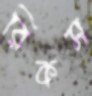
রিকস